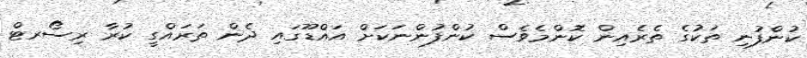
ކުންފުނި ތަކުގެ ތެރެއިން ކޮންމެވެސް ކުންފުންނަކަށް އައްޑޫގައި ދެން ތަރައްްގީ ކުރާ ރިސޯރޓް